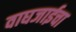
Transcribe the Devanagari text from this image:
वाघजाईचा